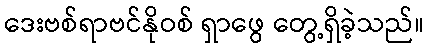
ဒေးဗစ်ရာဗင်နိုဝစ် ရှာဖွေ တွေ့ရှိခဲ့သည်။